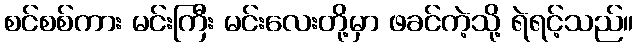
စင်စစ်ကား မင်းကြီး မင်းလေးတို့မှာ ဖခင်ကဲ့သို့ ရဲရင့်သည်။